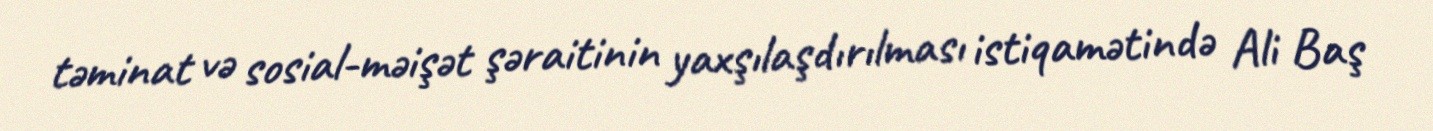
təminat və sosial-məişət şəraitinin yaxşılaşdırılması istiqamətində Ali Baş